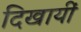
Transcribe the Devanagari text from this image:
दिखायीं